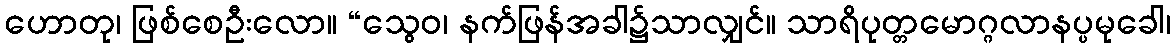
ဟောတု၊ ဖြစ်စေဦးလော။ “သွေဝ၊ နက်ဖြန်အခါ၌သာလျှင်။ သာရိပုတ္တမောဂ္ဂလာနပ္ပမုခေါ၊